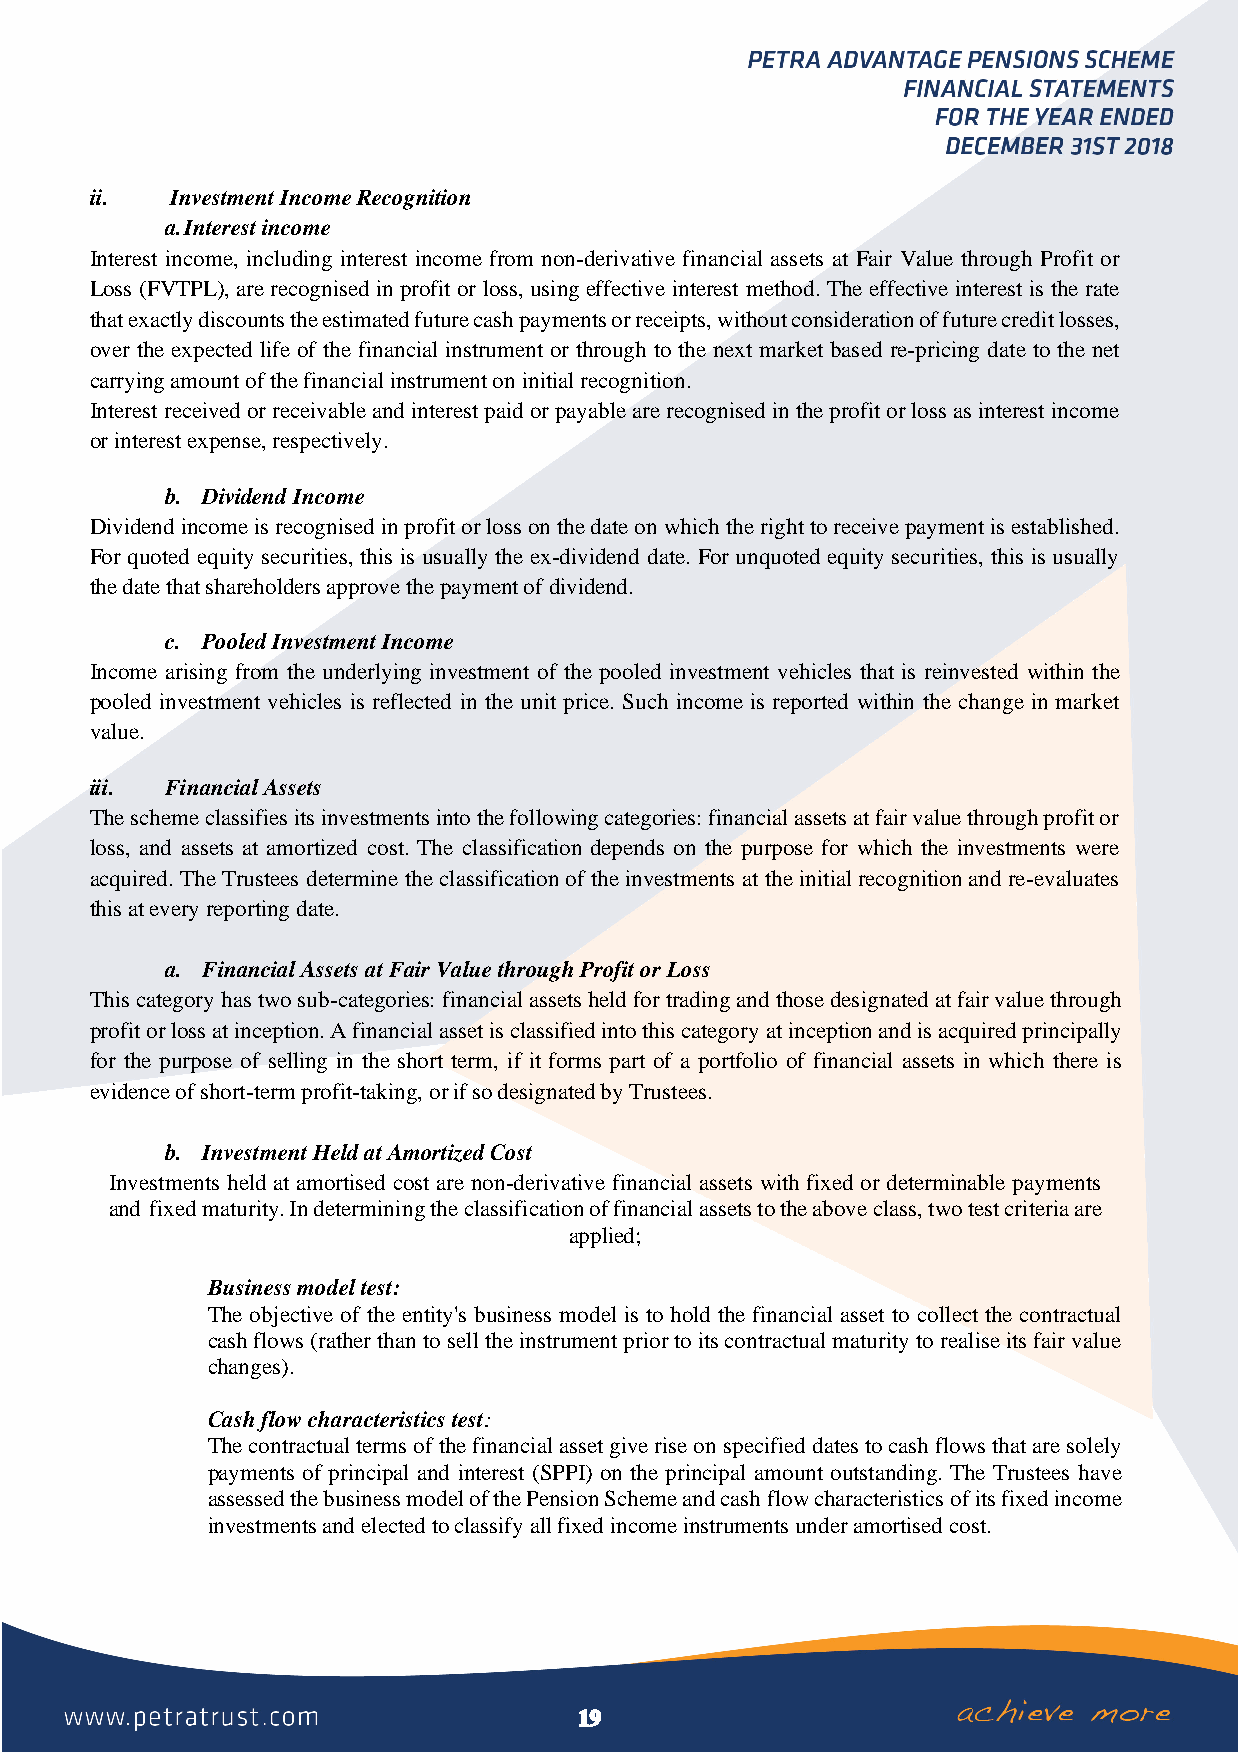
ii.  Investment Income Recognition
 a. Interest income
 Interest income, including interest income from non-derivative financial assets at Fair Value through Profit or
 Loss (FVTPL), are recognised in profit or loss, using effective interest method. The effective interest is the rate
 that exactly discounts the estimated future cash payments or receipts, without consideration of future credit losses,
 over the expected life of the financial instrument or through to the next market based re-pricing date to the net
 carrying amount of the financial instrument on initial recognition.
 Interest received or receivable and interest paid or payable are recognised in the profit or loss as interest income
 or interest expense, respectively.
 b. Dividend Income
 Dividend income is recognised in profit or loss on the date on which the right to receive payment is established.
 For quoted equity securities, this is usually the ex-dividend date. For unquoted equity securities, this is usually
 the date that shareholders approve the payment of dividend.
 c. Pooled Investment Income
 Income arising from the underlying investment of the pooled investment vehicles that is reinvested within the
 pooled investment vehicles is reflected in the unit price. Such income is reported within the change in market
 value.
 iii. Financial Assets
 The scheme classifies its investments into the following categories: financial assets at fair value through profit or
 loss, and assets at amortized cost. The classification depends on the purpose for which the investments were
 acquired. The Trustees determine the classification of the investments at the initial recognition and re-evaluates
 this at every reporting date.
 a. Financial Assets at Fair Value through Profit or Loss
 This category has two sub-categories: financial assets held for trading and those designated at fair value through
 profit or loss at inception. A financial asset is classified into this category at inception and is acquired principally
 for the purpose of selling in the short term, if it forms part of a portfolio of financial assets in which there is
 evidence of short-term profit-taking, or if so designated by Trustees.
 b. Investment Held at Amortized Cost
 Investments held at amortised cost are non-derivative financial assets with fixed or determinable payments
 and fixed maturity. In determining the classification of financial assets to the above class, two test criteria are
 applied;
 Business model test:
 The objective of the entity's business model is to hold the financial asset to collect the contractual
 cash flows (rather than to sell the instrument prior to its contractual maturity to realise its fair value
 changes).
 Cash flow characteristics test:
 The contractual terms of the financial asset give rise on specified dates to cash flows that are solely
 payments of principal and interest (SPPI) on the principal amount outstanding. The Trustees have
 assessed the business model of the Pension Scheme and cash flow characteristics of its fixed income
 investments and elected to classify all fixed income instruments under amortised cost.
 19